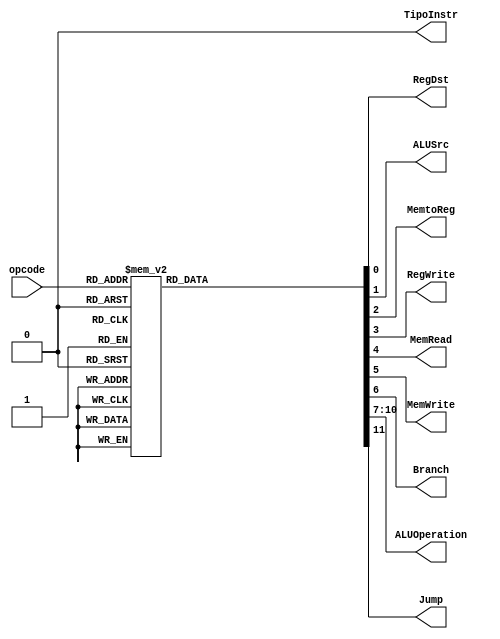

module control_pipeline(opcode, RegDst, ALUSrc, MemtoReg, RegWrite, MemRead, MemWrite, 
Branch, ALUOperation, Jump, TipoInstr);
    input [4:0] opcode;
    output RegDst, ALUSrc, MemtoReg, RegWrite, MemRead, MemWrite, Branch, Jump ,TipoInstr;
    output [3:0] ALUOperation;
    reg    RegDst, ALUSrc, MemtoReg, RegWrite, MemRead, MemWrite, Branch, Jump ,TipoInstr;
    reg    [3:0] ALUOperation;

    //Default = stall
	parameter ADD = 5'b00001;
	parameter XOR = 5'b00101;
	parameter CMP = 5'b01011;
	parameter MOVI = 5'b00011;
	parameter MOV = 5'b10010;
    parameter LW =  5'b01101;
    parameter SW =  5'b01111;
    parameter BEQ = 5'b01100;
	parameter ADDI = 5'b10011;

    always @(opcode)
    begin
        case (opcode)
          ADD :
          begin
              RegDst=1'b1; ALUSrc=1'b0; MemtoReg=1'b0; RegWrite=1'b1; MemRead=1'b0;
              MemWrite=1'b0; Branch=1'b0; ALUOperation = 4'b0001; Jump=1'b0; 
          end
		  ADDI :
          begin
              RegDst=1'b0; ALUSrc=1'b1; MemtoReg=1'b0; RegWrite=1'b1; MemRead=1'b0;
              MemWrite=1'b0; Branch=1'b0; ALUOperation = 4'b0001; Jump=1'b0; 
          end
		  
		  MOVI :
          begin
              RegDst=1'b0; ALUSrc=1'b1; MemtoReg=1'b0; RegWrite=1'b1; MemRead=1'b0;
              MemWrite=1'b0; Branch=1'b0; ALUOperation = 4'b1000; Jump=1'b0; 		
          end
		  
		  MOV:
          begin
              RegDst=1'b1; ALUSrc=1'b0; MemtoReg=1'b0; RegWrite=1'b1; MemRead=1'b0;
              MemWrite=1'b0; Branch=1'b0; ALUOperation = 4'b1000; Jump=1'b0; 		
          end
		  
		  
		  BEQ :
          begin
              RegDst=1'bx; ALUSrc=1'b0; MemtoReg=1'bx; RegWrite=1'b0; MemRead=1'b0;
              MemWrite=1'b0; Branch=1'b1; ALUOperation = 4'b0011; Jump=1'b0; 
          end 
		   XOR :
          begin
              RegDst=1'b1; ALUSrc=1'b0; MemtoReg=1'b0; RegWrite=1'b1; MemRead=1'b0;
              MemWrite=1'b0; Branch=1'b0; ALUOperation = 4'b0010; Jump=1'b0; 
          end
		  
          LW :
          begin
              RegDst=1'b0; ALUSrc=1'b1; MemtoReg=1'b1; RegWrite=1'b1; MemRead=1'b1;
              MemWrite=1'b0; Branch=1'b0; ALUOperation = 4'b0001; Jump=1'b0; 
          end
          SW :
          begin
              RegDst=1'bx; ALUSrc=1'b1; MemtoReg=1'bx; RegWrite=1'b0; MemRead=1'b0;
              MemWrite=1'b1; Branch=1'b0; ALUOperation = 4'b0001; Jump=1'b0; 
          end 
          
          default
          begin
              $display("control_single unimplemented opcode %d", opcode);
              RegDst=1'b0; ALUSrc=1'b0; MemtoReg=1'b0; RegWrite=1'b0; MemRead=1'b0;
              MemWrite=1'b0; Branch=1'b0; ALUOperation = 4'b0000; Jump=1'b0; 
          end
        endcase
    end
endmodule